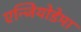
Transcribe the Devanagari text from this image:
एन्जियोडेमा